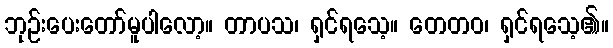
ဘုဉ်းပေးတော်မူပါလော့။ တာပသ၊ ရှင်ရသေ့။ တေတဝ၊ ရှင်ရသေ့၏။